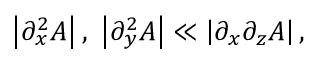
\begin{array} { r } { \left| \partial _ { x } ^ { 2 } A \right| \mathrm { , \ } \left| \partial _ { y } ^ { 2 } A \right| \ll \left| \partial _ { x } \partial _ { z } A \right| , } \end{array}